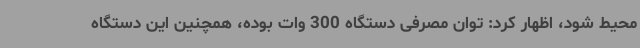
محیط شود، اظهار کرد: توان مصرفی دستگاه 300 وات بوده، همچنین این دستگاه